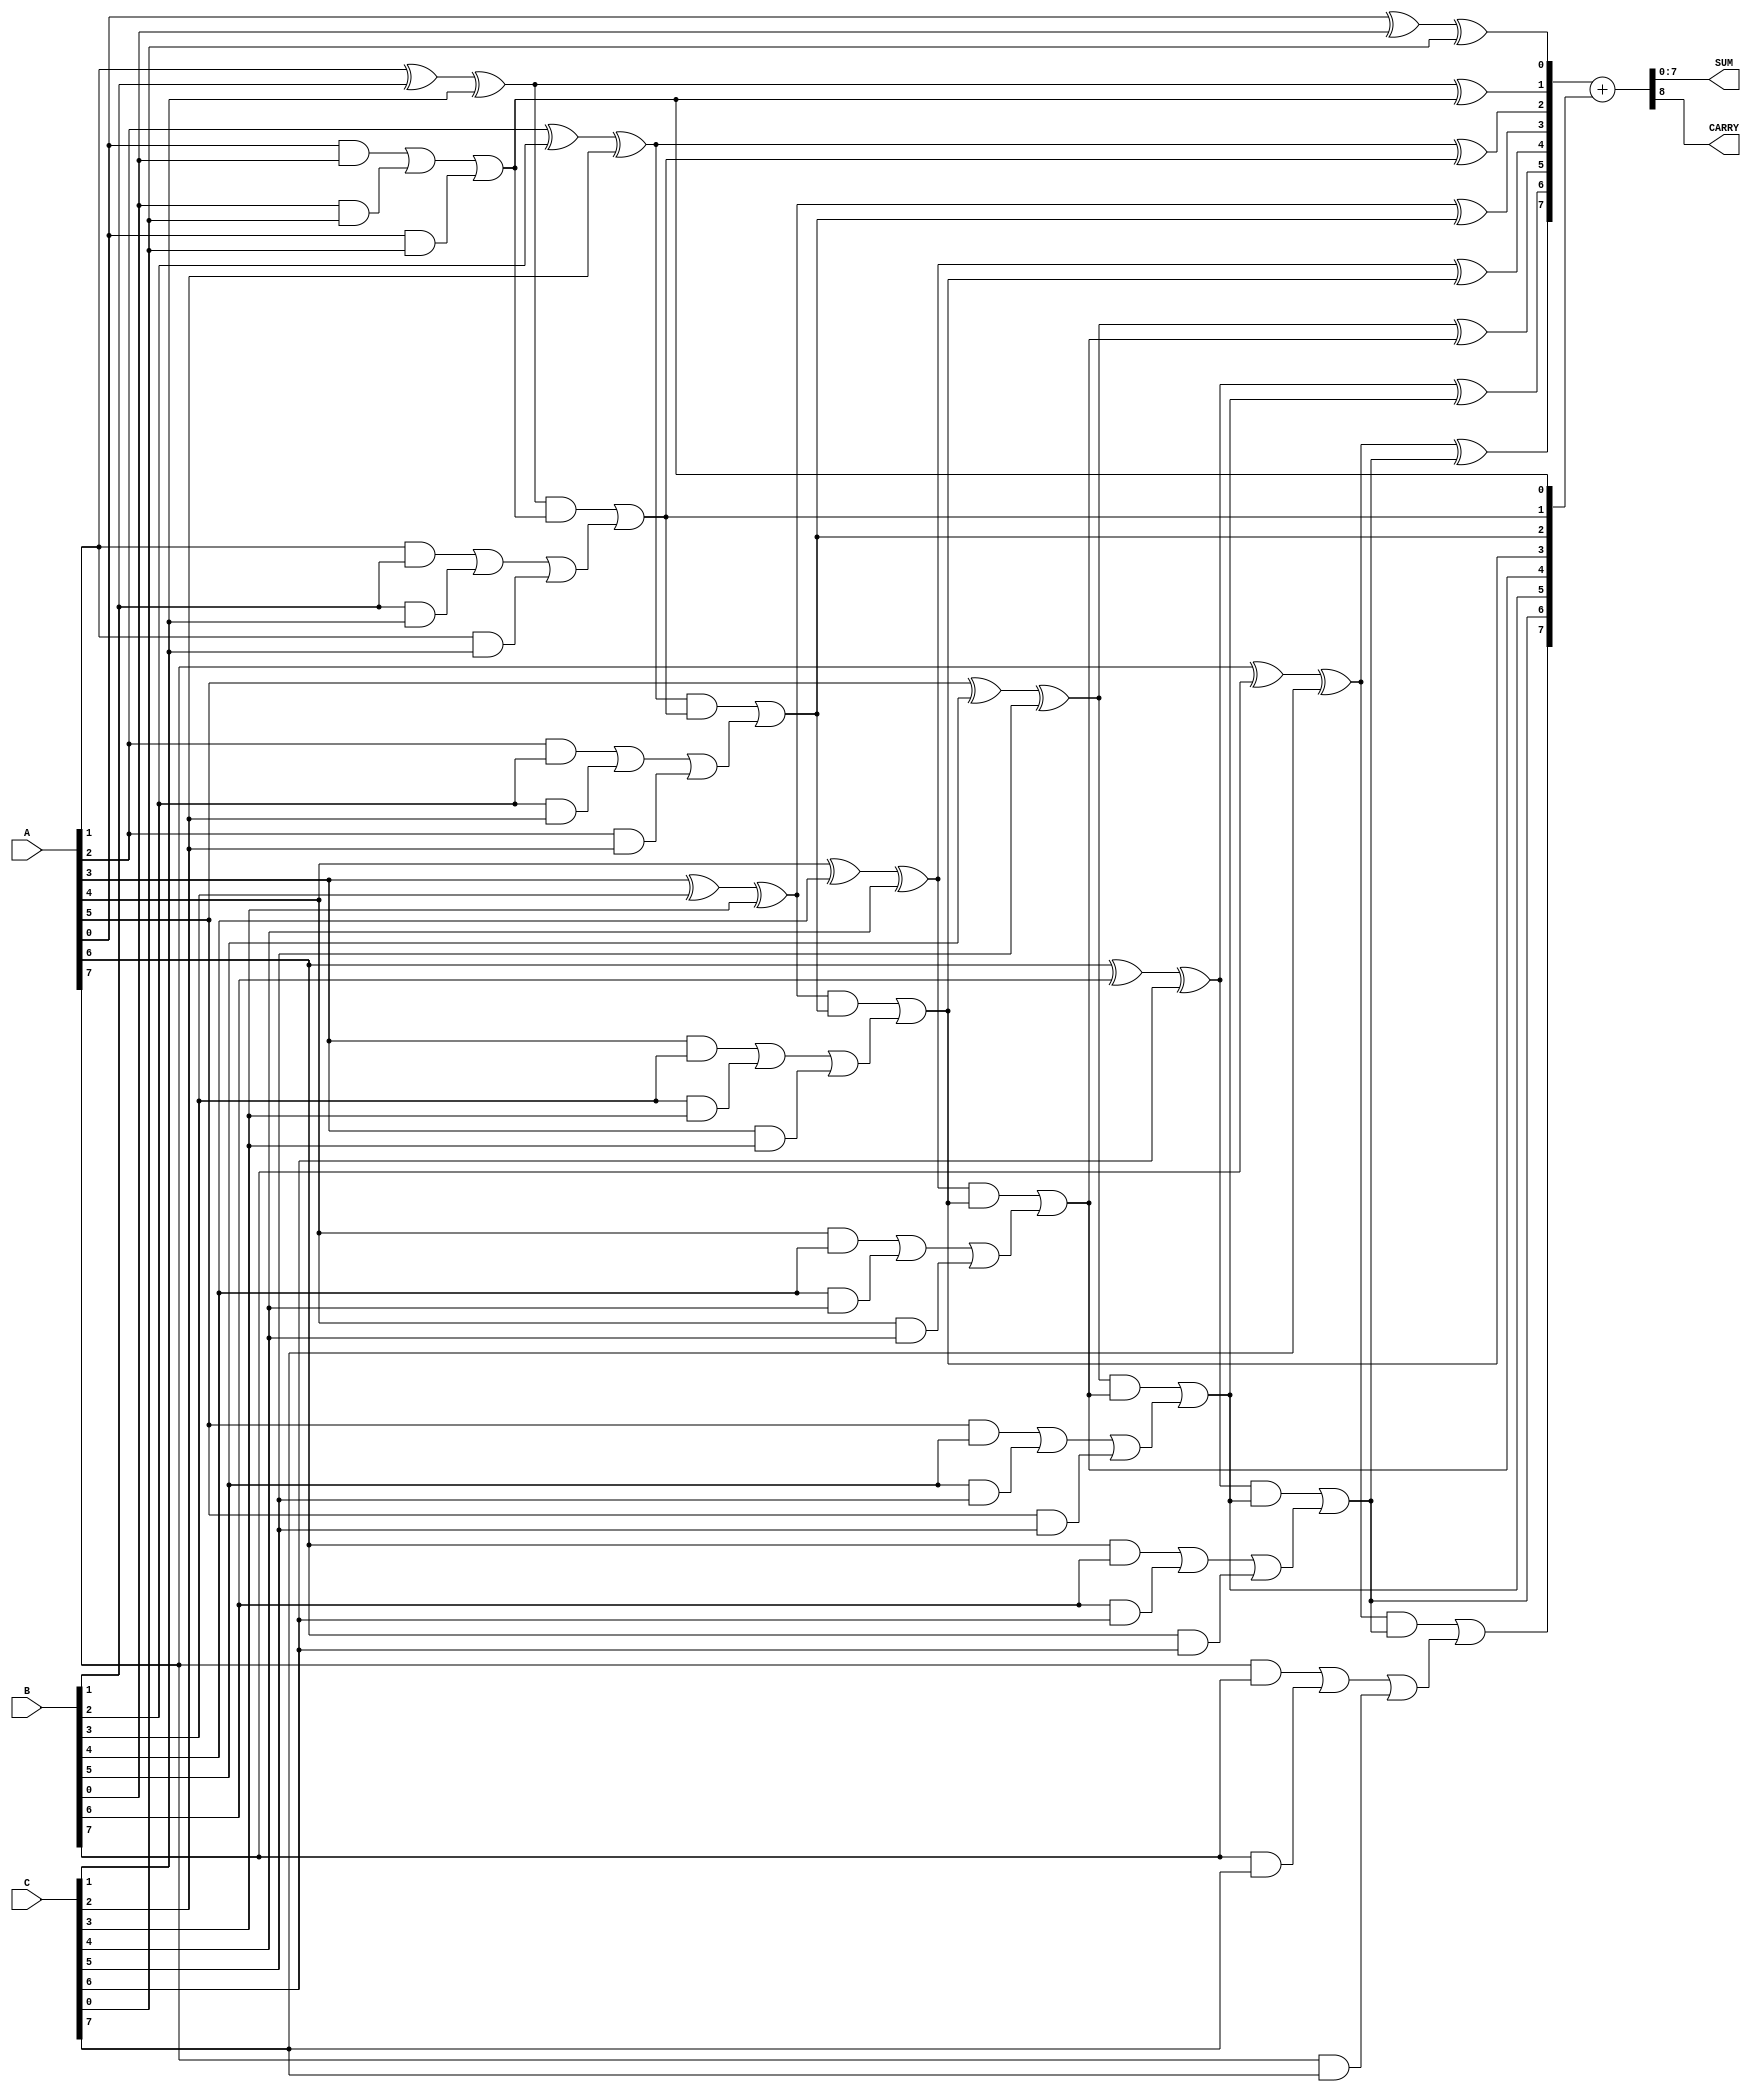
module CarrySaveAdder #(
    parameter WIDTH = 8 // Bit-width of the operands
)(
    input  [WIDTH-1:0] A, // First operand
    input  [WIDTH-1:0] B, // Second operand
    input  [WIDTH-1:0] C, // Third operand
    output [WIDTH-1:0] SUM, // Final sum output
    output CARRY // Final carry output
);

    // Intermediate sums and carries
    wire [WIDTH-1:0] sum_intermediate;
    wire [WIDTH-1:0] carry_intermediate;

    // Generate carry save addition using full adders
    genvar i;
    generate
        for (i = 0; i < WIDTH; i = i + 1) begin : CSA
            // Full adder for each bit position
            wire sum_bit, carry_bit;
            assign sum_bit = A[i] ^ B[i] ^ C[i]; // Sum bit
            assign carry_bit = (A[i] & B[i]) | (B[i] & C[i]) | (A[i] & C[i]); // Carry bit

            assign sum_intermediate[i] = sum_bit;
            assign carry_intermediate[i] = carry_bit;
        end
    endgenerate

    // Reduction tree to combine sums and carries
    wire [WIDTH-1:0] sum_final;
    wire [WIDTH-1:0] carry_final;

    generate
        for (i = 0; i < WIDTH; i = i + 1) begin : ReductionTree
            // Simple reduction tree: sum the intermediate sums and carries
            if (i == 0) begin
                assign sum_final[i] = sum_intermediate[i];
                assign carry_final[i] = carry_intermediate[i];
            end else begin
                assign sum_final[i] = sum_intermediate[i] ^ carry_final[i-1];
                assign carry_final[i] = (sum_intermediate[i] & carry_final[i-1]) | carry_intermediate[i];
            end
        end
    endgenerate

    // Final addition using a simple binary adder (Ripple Carry Adder)
    wire [WIDTH-1:0] final_sum;
    wire final_carry;

    assign {final_carry, final_sum} = sum_final + carry_final;

    // Assign outputs
    assign SUM = final_sum;
    assign CARRY = final_carry;

endmodule